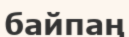
байпаң